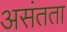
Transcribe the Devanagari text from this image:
असंतता